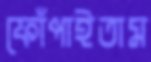
ফোঁপাইতাম